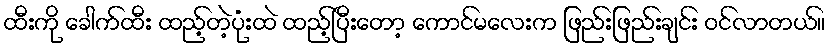
ထီးကို ခေါက်ထီး ထည့်တဲ့ပုံးထဲ ထည့်ပြီးတော့ ကောင်မလေးက ဖြည်းဖြည်းချင်း ဝင်လာတယ်။